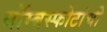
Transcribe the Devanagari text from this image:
बॉम्बस्फोटांची